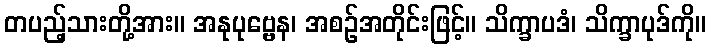
တပည့်သားတို့အား။ အနုပုဗ္ဗေန၊ အစဉ်အတိုင်းဖြင့်။ သိက္ခာပဒံ၊ သိက္ခာပုဒ်ကို။